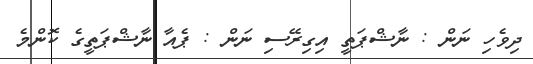
ދިވެހި ނަން : ނާޝްޕަތީ އިގިރޭސި ނަން : ޕެއާ ނާޝްޕަތީގެ ކޮންމެ